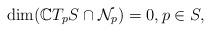
LaTeX: \begin{align*}\dim(\mathbb{C}T_pS \cap \mathcal{N}_p) = 0, p \in S,\end{align*}